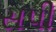
સપી